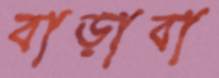
বাড়াবা